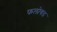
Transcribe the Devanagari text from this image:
फलोयड